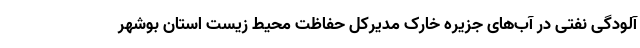
آلودگی نفتی در آب‌های جزیره خارک مدیرکل حفاظت محیط زیست استان بوشهر